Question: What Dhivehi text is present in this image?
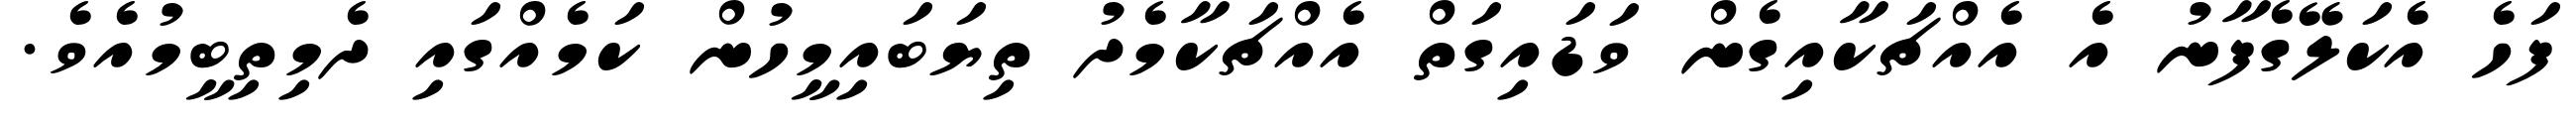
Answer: ފަހެ އެކަލޭގެފާނު އެ އެއްޗަކާއިގެން ވަޑައިގަތް އެއްޗަކާމެދު ތިޔަބައިމީހުން ކަމެއްގައި ދެމިތިބީމުއެވެ.